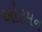
ઓટમન